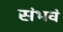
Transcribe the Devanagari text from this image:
संभवं